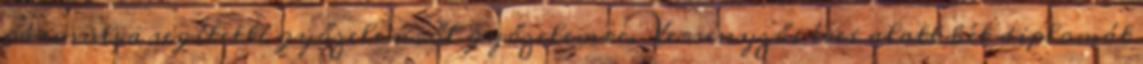
párosulva segítette győzelemről győzelemre. Versenyzői évei alatt két diplomát